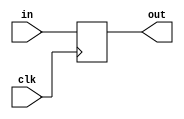
module PC(clk,in,out);
input clk;
input [31:0] in;
output reg [31:0] out;

initial #0.1 out <= 32'h0000;
always @(posedge clk) 
begin
    out <=  in;
end
endmodule